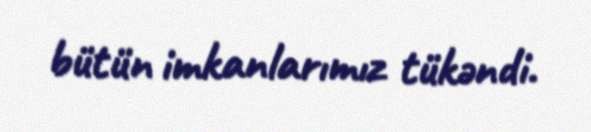
bütün imkanlarımız tükəndi.